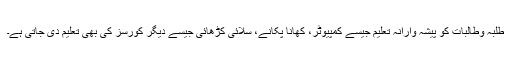
طلبہ وطالبات کو پیشہ وارانہ تعلیم جیسے کمپیوٹر، کھانا پکانے، سلائی کڑھائی جیسے دیگر کورسز کی بھی تعلیم دی جاتی ہے۔